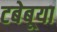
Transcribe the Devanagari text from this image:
टबेबूया